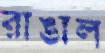
রাঙাল